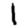
Digit: 1